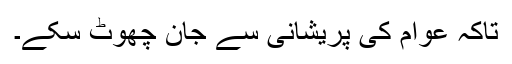
تاکہ عوام کی پریشانی سے جان چھوٹ سکے۔